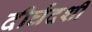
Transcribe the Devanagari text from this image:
दीर्घदर्शी